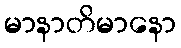
မာနာတိမာနော